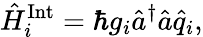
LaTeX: \hat{H}_{i}^{\mathrm{Int}}=\hbar g_{i}\hat{a}^{\dagger}\hat{a}\hat{q}_{i},